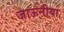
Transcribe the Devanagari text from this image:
जाऊनीया